Scottish Leaving Certificate Examination, 1957
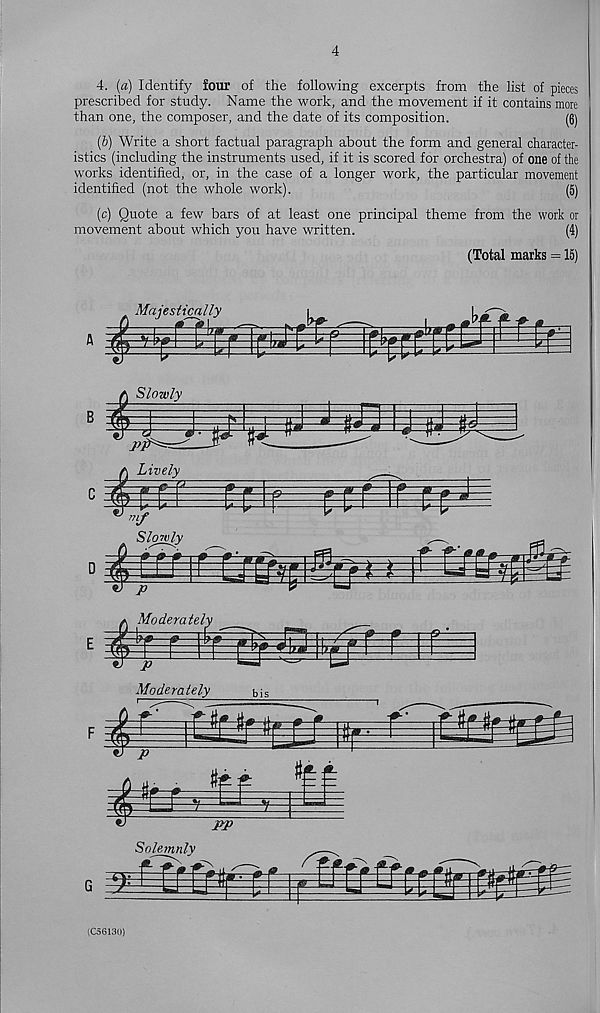
4
4. [a) Identify four of the following excerpts from the list of pieces
prescribed for study. Name the work, and the movement if it contains more
than one, the composer, and the date of its composition.
(6)
(6) Write a short factual paragraph about the form and general character-
istics (including the instruments used, if it is scored for orchestra) of one of the
works identified, or, in the case of a longer work, the particular movement
identified (not the whole work).
(5)
(c) Quote a few bars of at least one principal theme from the work or
movement about which you have written.
(4)
(Total marks = 15)
Majestically
wm
3El
m
42K
Moderately
bis
G
(C56130)